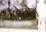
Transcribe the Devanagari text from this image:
चैन्सेल